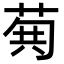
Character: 𮏐